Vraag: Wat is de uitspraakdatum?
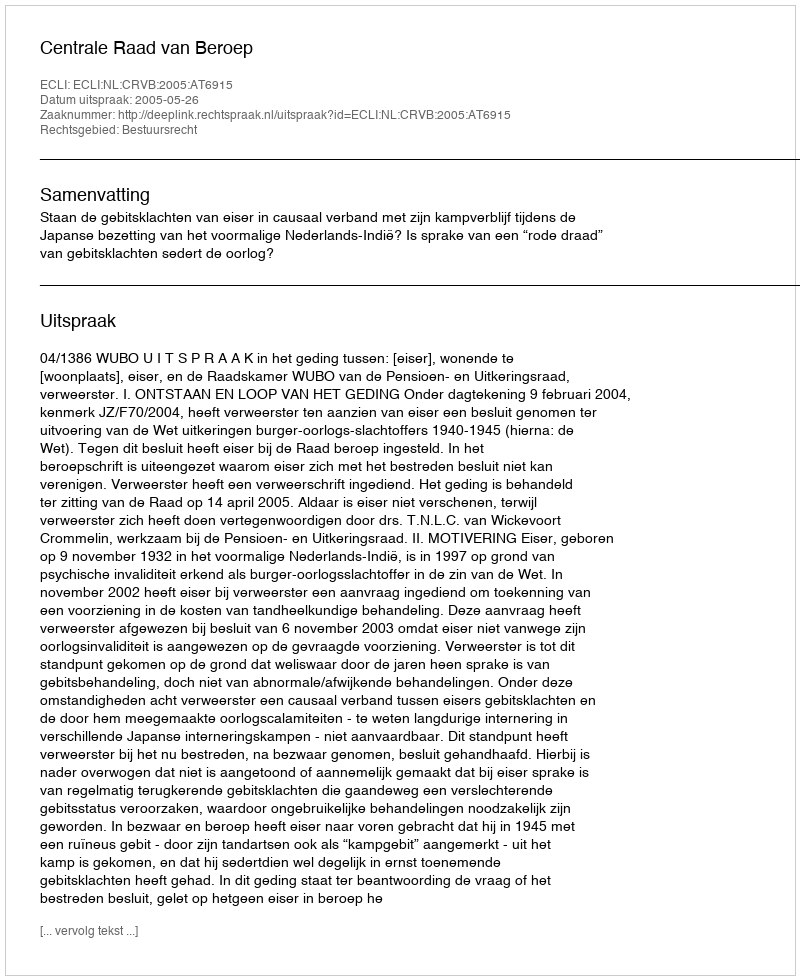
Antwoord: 2005-05-26